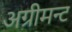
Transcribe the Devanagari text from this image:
अग्रीमन्ट